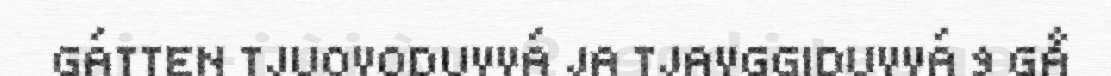
GÁTTEN TJUOVODUVVÁ JA TJAVGGIDUVVÁ 9 GÅ